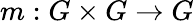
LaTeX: m:G\times G\to G